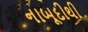
નાબૂદીથી